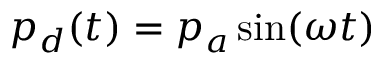
p _ { d } ( t ) = p _ { a } \sin ( \omega t )